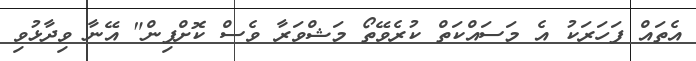
އެތައް ފަހަރަކު އެ މަސައްކަތް ކުރެވޭތޯ މަޝްވަރާ ވެސް ކޮށްފިން" އޭނާ ވިދާޅުވި